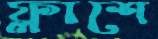
ফ্লাশে